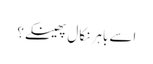
اسے باہر نکال پھینکے؟